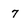
Character: 7